Plague in India, 1896, 1897 - Volume 1
Year: 1896
Disease focus: Plague
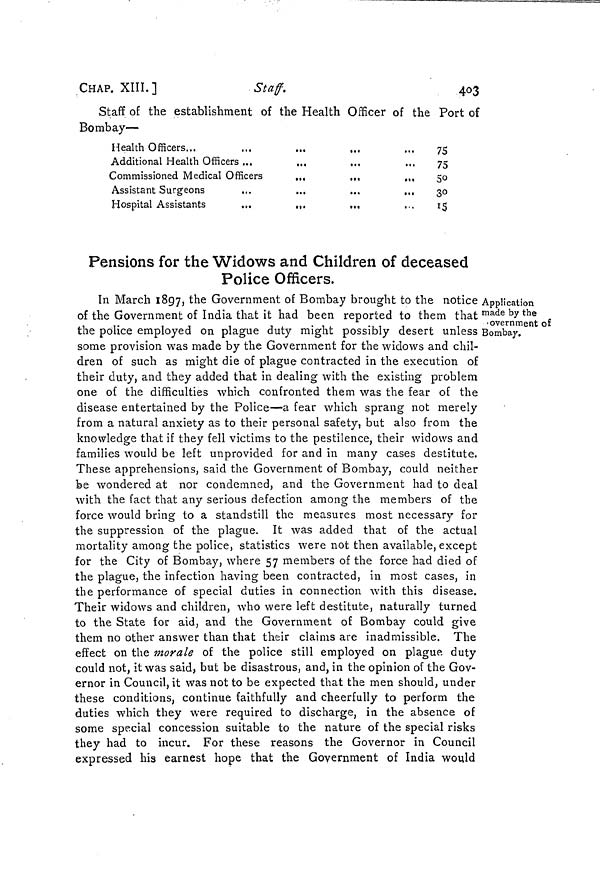
CHAP. XIII.]
Staff.
403
Staff of the establishment of the Health Officer of the Port of
Bombay—
Health Officers...
Additional Health Officers ...
Commissioned Medical Officers
...
...
...
Assistant Surgeons
...
...
...
...
Hospital Assistants
...
,,.
...
75
75
50
30
15
Pensions for the Widows and Children of deceased
Police Officers.
Application
made by the
• overnment of
Bombay.
In March 1897, the Government of Bombay brought to the notice
of the Government of India that it had been reported to them that
the police employed on plague duty might possibly desert unless
some provision was made by the Government for the widows and chil-
dren of such as might die of plague contracted in the execution of
their duty, and they added that in dealing with the existing problem
one of the difficulties which confronted them was the fear of the
disease entertained by the Police—a fear which sprang not merely
from a natural anxiety as to their personal safety, but also from the
knowledge that if they fell victims to the pestilence, their widows and
families would be left unprovided for and in many cases destitute.
These apprehensions, said the Government of Bombay, could neither
be wondered at nor condemned, and the Government had to deal
with the fact that any serious defection among the members of the
force would bring to a standstill the measures most necessary for
the suppression of the plague. It was added that of the actual
mortality among the police, statistics were not then available, except
for the City of Bombay, where 57 members of the force had died of
the plague, the infection having been contracted, in most cases, in
the performance of special duties in connection with this disease.
Their widows and children, who were left destitute, naturally turned
to the State for aid, and the Government of Bombay could give
them no other answer than that their claims are inadmissible. The
effect on the morale of the police still employed on plague duty
could not, it was said, but be disastrous, and, in the opinion of the Gov-
ernor in Council, it was not to be expected that the men should, under
these conditions, continue faithfully and cheerfully to perform the
duties which they were required to discharge, in the absence of
some special concession suitable to the nature of the special risks
they had to incur. For these reasons the Governor in Council
expressed his earnest hope that the Government of India would